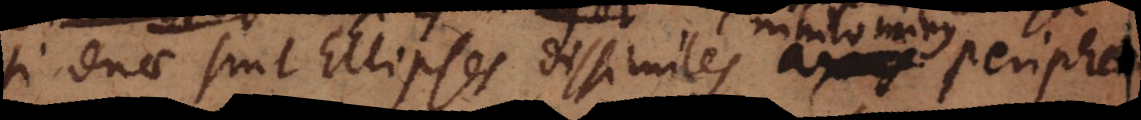
si duae sint Ellipses dissimiles nihilominus peripheria,